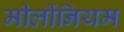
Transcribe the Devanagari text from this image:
मीलींनियम